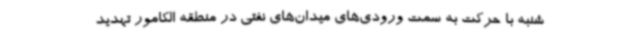
شنبه با حرکت به سمت ورودی‌های میدان‌های نفتی در منطقه الکامور تهدید